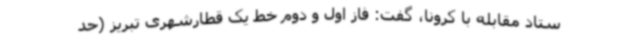
ستاد مقابله با کرونا، گفت: فاز اول و دوم خط یک قطارشهری تبریز (حد